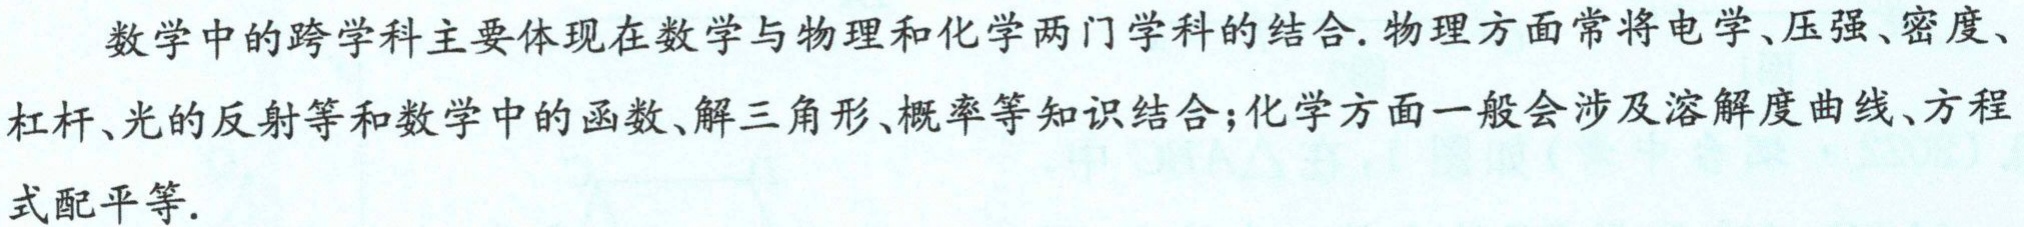
数学中的跨学科主要体现在数学与物理和化学两门学科的结合. 物理方面常将电学、压强、密度、杠杆、光的反射等和数学中的函数、解三角形、概率等知识结合；化学方面一般会涉及溶解度曲线、方程式配平等.